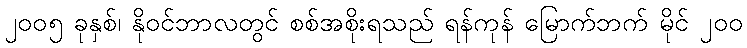
၂၀၀၅ ခုနှစ်၊ နိုဝင်ဘာလတွင် စစ်အစိုးရသည် ရန်ကုန် မြောက်ဘက် မိုင် ၂၀၀